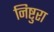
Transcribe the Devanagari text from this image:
निष्टुरा